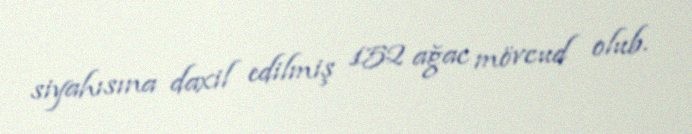
siyahısına daxil edilmiş 152 ağac mövcud olub.